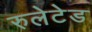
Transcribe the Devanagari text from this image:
रुलेटेड